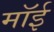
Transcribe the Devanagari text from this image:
मॉई